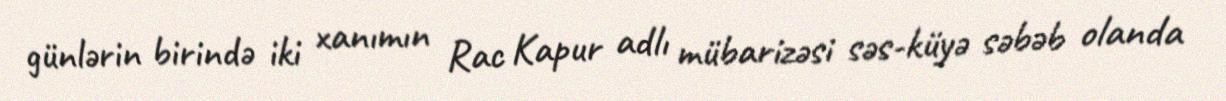
günlərin birində iki xanımın Rac Kapur adlı mübarizəsi səs-küyə səbəb olanda